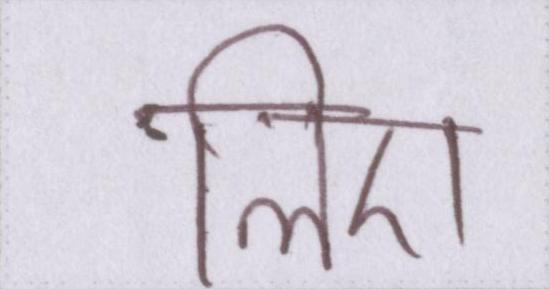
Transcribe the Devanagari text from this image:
लिए